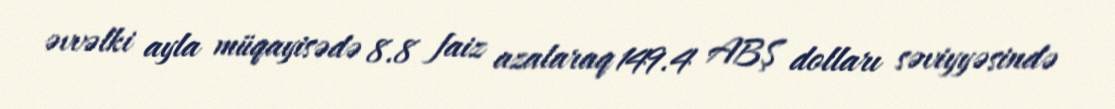
əvvəlki ayla müqayisədə 8.8 faiz azalaraq 149.4 ABŞ dolları səviyyəsində